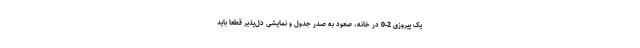
یک پیروزی 2-0 در خانه، صعود به صدر جدول و نمایشی دل‌پذیر قطعاً باید